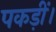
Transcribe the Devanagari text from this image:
पकड़ीं।